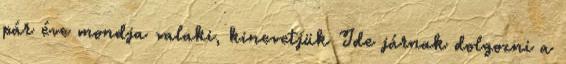
pár éve mondja valaki, kinevetjük Ide járnak dolgozni a